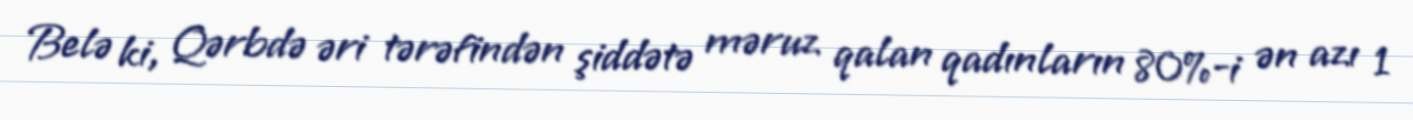
Belə ki, Qərbdə əri tərəfindən şiddətə məruz qalan qadınların 80%-i ən azı 1